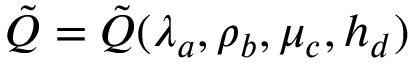
\tilde { { \cal Q } } = \tilde { { \cal Q } } ( \lambda _ { a } , \rho _ { b } , \mu _ { c } , h _ { d } )